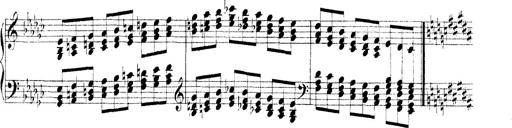
Title: Technische Studien
Composer: Franz Liszt